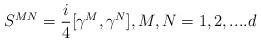
LaTeX: \begin{align*}S^{MN}={i\over 4}[\gamma^M,\gamma^N], M,N=1,2,....d\end{align*}